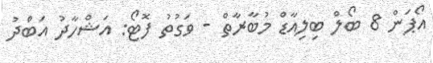
އޯޕަން 8 ބޯލް ބިލިއާޑް މުބާރާތް - ވަގުތު ފޮޓޯ: އަޝްހާދު އަބްދު